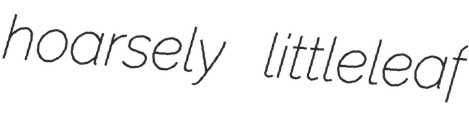
hoarsely littleleaf